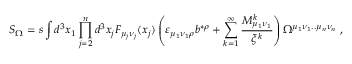
{ \cal S } _ { \Omega } = s \int d ^ { 3 } x _ { 1 } \prod _ { j = 2 } ^ { n } d ^ { 3 } x _ { j } F _ { \mu _ { j } \nu _ { j } } ( x _ { j } ) \left( \varepsilon _ { \mu _ { 1 } \nu _ { 1 } \rho } b ^ { * \rho } + \sum _ { k = 1 } ^ { \infty } \frac { { \cal M } _ { \mu _ { 1 } \nu _ { 1 } } ^ { k } } { \xi ^ { k } } \right) \Omega ^ { \mu _ { 1 } \nu _ { 1 } . . \mu _ { n } \nu _ { n } } \; ,